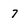
Character: 7